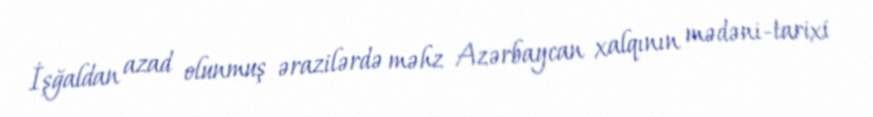
İşğaldan azad olunmuş ərazilərdə məhz Azərbaycan xalqının mədəni-tarixi